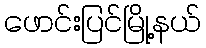
ဖောင်းပြင်မြို့နယ်